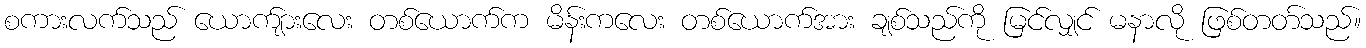
စကားလက်သည် ယောက်ျားလေး တစ်ယောက်က မိန်းကလေး တစ်ယောက်အား ချစ်သည်ကို မြင်လျှင် မနာလို ဖြစ်တတ်သည်။